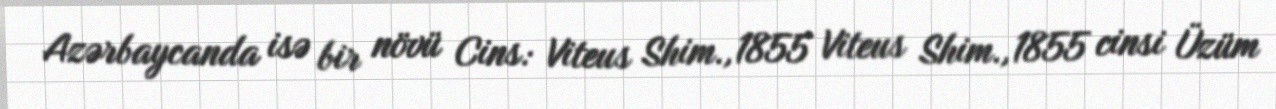
Azərbaycanda isə bir növü Cins: Viteus Shim.,1855 Viteus Shim.,1855 cinsi Üzüm